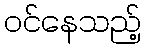
ဝင်နေသည့်